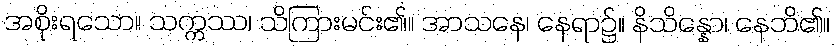
အစိုးရသော။ သက္ကဿ၊ သိကြားမင်း၏။ အာသနေ၊ နေရာ၌။ နိသိန္နော၊ နေဘိ၏။